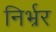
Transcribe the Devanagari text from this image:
निर्भ्रर